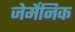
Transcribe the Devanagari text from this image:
जेर्मेनिक